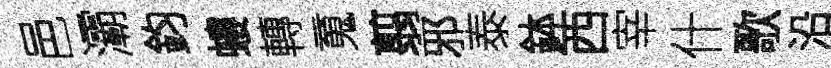
邑灞鈞螻轉䰟翦邪泰鉢西宰什歌沿